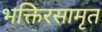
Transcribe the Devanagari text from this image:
भक्तिरसामृत